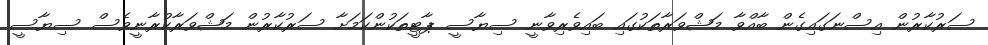
ސަރުކާރުން އިސްނަގައިގެން ބާއްވާ މަޝްވަރާތަކުގައި ބައިވެރިވާނީ ސިޔާސީ ޕާޓީތަކުންކަމަށާ ސަރުކާރުން މަޝްވަރާކުރާނީވެސް ސިޔާސީ